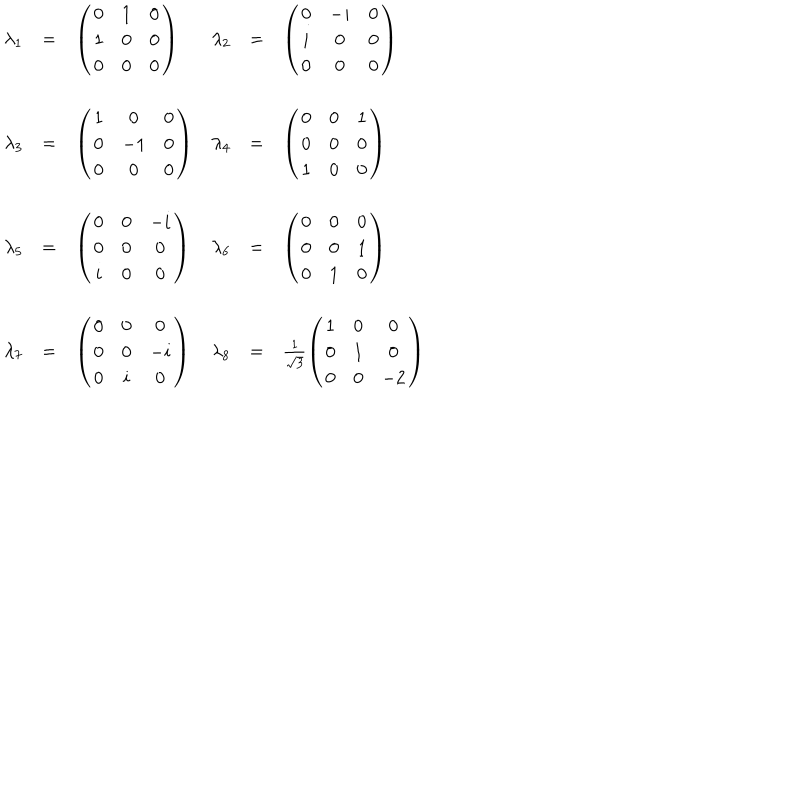
\begin{array} { r c l r c l } { { \lambda _ { 1 } } } & { { = } } & { { \left( \begin{array} { c c c } { { 0 } } & { { 1 } } & { { 0 } } \\ { { 1 } } & { { 0 } } & { { 0 } } \\ { { 0 } } & { { 0 } } & { { 0 } } \\ \end{array} \right) } } & { { \lambda _ { 2 } } } & { { = } } & { { \left( \begin{array} { c c c } { { 0 } } & { { - i } } & { { 0 } } \\ { { i } } & { { 0 } } & { { 0 } } \\ { { 0 } } & { { 0 } } & { { 0 } } \\ \end{array} \right) } } \\ { { } } & { { } } & { { } } & { { } } & { { } } & { { } } \\ { { \lambda _ { 3 } } } & { { = } } & { { \left( \begin{array} { c c c } { { 1 } } & { { 0 } } & { { 0 } } \\ { { 0 } } & { { - 1 } } & { { 0 } } \\ { { 0 } } & { { 0 } } & { { 0 } } \\ \end{array} \right) } } & { { \lambda _ { 4 } } } & { { = } } & { { \left( \begin{array} { c c c } { { 0 } } & { { 0 } } & { { 1 } } \\ { { 0 } } & { { 0 } } & { { 0 } } \\ { { 1 } } & { { 0 } } & { { 0 } } \\ \end{array} \right) } } \\ { { } } & { { } } & { { } } & { { } } & { { } } & { { } } \\ { { \lambda _ { 5 } } } & { { = } } & { { \left( \begin{array} { c c c } { { 0 } } & { { 0 } } & { { - i } } \\ { { 0 } } & { { 0 } } & { { 0 } } \\ { { i } } & { { 0 } } & { { 0 } } \\ \end{array} \right) } } & { { \lambda _ { 6 } } } & { { = } } & { { \left( \begin{array} { c c c } { { 0 } } & { { 0 } } & { { 0 } } \\ { { 0 } } & { { 0 } } & { { 1 } } \\ { { 0 } } & { { 1 } } & { { 0 } } \\ \end{array} \right) } } \\ { { } } & { { } } & { { } } & { { } } & { { } } & { { } } \\ { { \lambda _ { 7 } } } & { { = } } & { { \left( \begin{array} { c c c } { { 0 } } & { { 0 } } & { { 0 } } \\ { { 0 } } & { { 0 } } & { { - i } } \\ { { 0 } } & { { i } } & { { 0 } } \\ \end{array} \right) } } & { { \lambda _ { 8 } } } & { { = } } & { { \frac { 1 } { \sqrt { 3 } } \left( \begin{array} { c c c } { { 1 } } & { { 0 } } & { { 0 } } \\ { { 0 } } & { { 1 } } & { { 0 } } \\ { { 0 } } & { { 0 } } & { { - 2 } } \\ \end{array} \right) } } \\ \end{array}